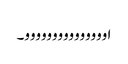
اووووووووووووووو۔